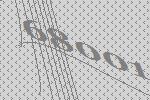
68001